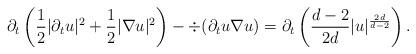
LaTeX: \begin{align*} \partial_t \left( \frac12 |\partial_t u|^2 + \frac12 |\nabla u|^2 \right) - \div (\partial_t u \nabla u) = \partial_t \left( \frac{d-2}{2d} |u|^{\frac{2d}{d-2}}\right).\end{align*}